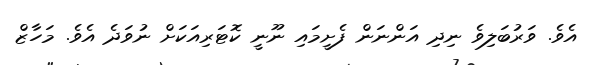
އެވެ. ވަރުބަލިވެ ނިދި އަންނަން ފެށީމައި ނޫނީ ކޮޓަރިއަކަށް ނުވަދެ އެވެ. މަހާޒް